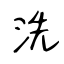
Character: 洗